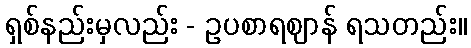
ရှစ်နည်းမှလည်း - ဥပစာရဈာန် ရသတည်း။